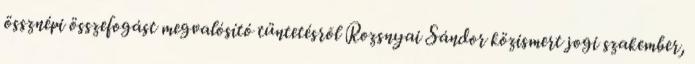
össznépi összefogást megvalósító tüntetésrõl Rozsnyai Sándor közismert jogi szakember,